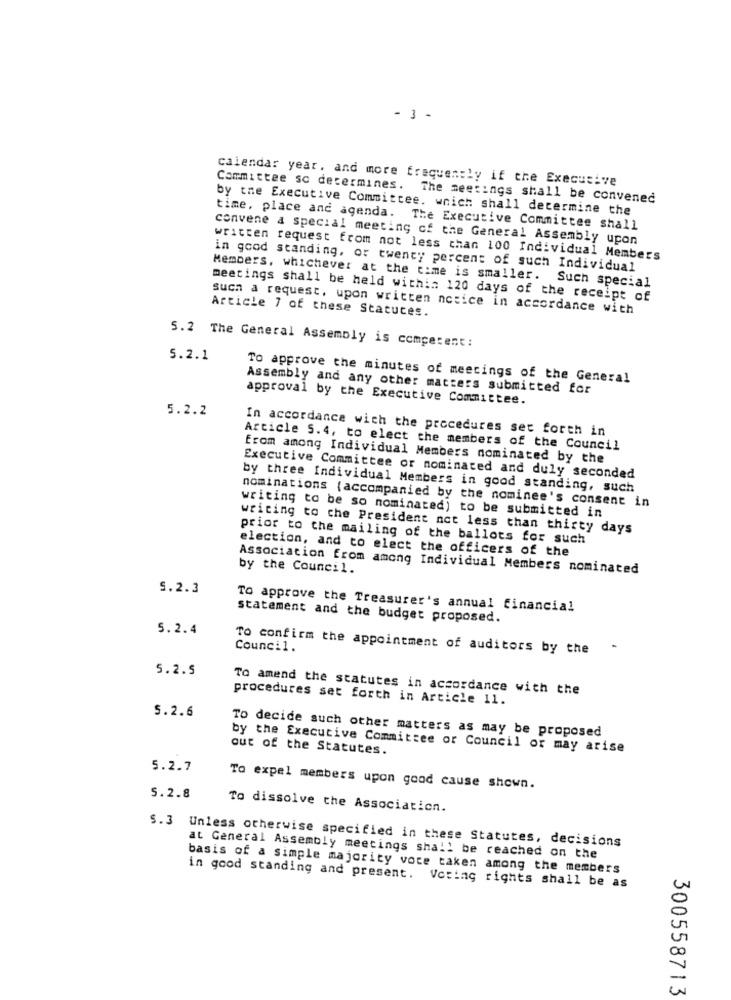
- 3 -
calendar year, and more frequently if the Executive
Committee sc determines.
The meetings shall be convened
by the Executive Committee. wnich shall determine the
time, place and agenda. The Executive Committee shall
convene a special meeting of the General Assembly upon
written request from not less than 100 Individual Members
in good standing, or twenty percent of such Individual
Members, whichever at the time is smaller. Such special
meetings shall be held within 120 days of the receipt of
such a request. upon written notice in accordance with
Article 7 of these Statuces.
5.2 The General Assembly is competent:
5.2.1
To approve the minutes of meetings of the General
Assembly and any other matters submitted for
approval by the Executive Committee.
5.2.2
In accordance with the procedures set forth in
Article 5.4, to elect the members of the Council
from among Individual Members nominated by the
Executive Committee or nominated and duly seconded
by three Individual Members in good standing, such
nominations {accompanied by the nominee's consent in
writing to be so nominated) to be submitted in
writing to che President not less than thirty days
prior to the mailing of the ballots for such
election, and to elect the officers of the
Association from among Individual Members nominated
by the Council.
5.2.3
To approve the Treasurer's annual financial
statement and the budget proposed.
5.2.4
To confirm the appointment of auditors by the
Council.
5.2.5
To amend the statutes in accordance with the
procedures set forth in Article 11.
5.2.6
To decide such other matters as may be proposed
by the Executive Committee or Council or may arise
out of the Statutes.
5.2.7
To expel members upon good cause shown.
5.2.8
To dissolve the Association.
S.3 Unless otherwise specified in these Statutes, decisions
at General Assembly meetings shall be reached on the
basis of a simple majority voce taken among the members
in good standing and present. Voting rights shall be as
300558713